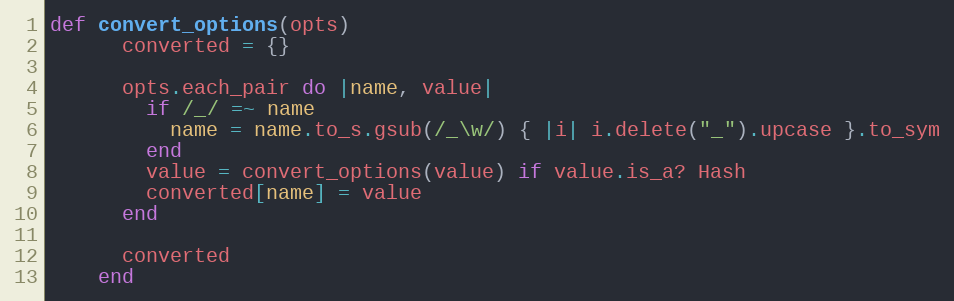
Language: Ruby
def convert_options(opts)
      converted = {}

      opts.each_pair do |name, value|
        if /_/ =~ name
          name = name.to_s.gsub(/_\w/) { |i| i.delete("_").upcase }.to_sym
        end
        value = convert_options(value) if value.is_a? Hash
        converted[name] = value
      end

      converted
    end